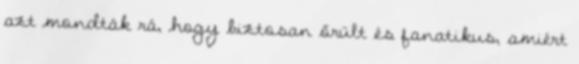
azt mondták rá, hogy biztosan őrült és fanatikus, amiért